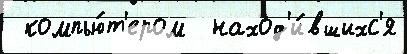
 компью́т'ером  наход'и́вшихс'я